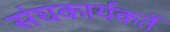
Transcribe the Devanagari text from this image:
संघकार्यकर्ते